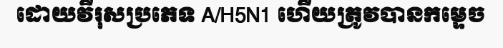
ដោយវីរុសប្រភេទ A/H5N1 ហើយត្រូវបានកម្ទេច